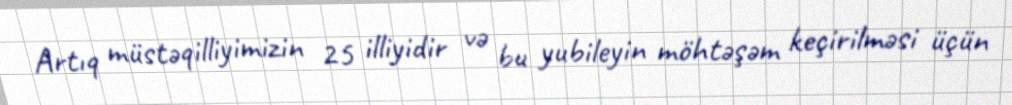
Artıq müstəqilliyimizin 25 illiyidir və bu yubileyin möhtəşəm keçirilməsi üçün